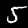
Label: 5